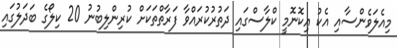
މިއެލަވެންސާއި އެކު އިކޮނޮމީ ކްލާސްގައި ދަތުރުކުރައްވާ ފަރާތްތަކަށް ކުރިންލިބުނު 20 ކިލޯގެ ބަދަލުގައި